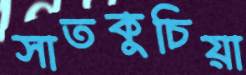
সাতকুচিয়া